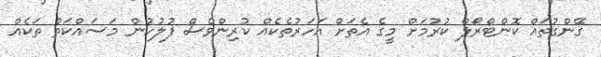
ގޭންގުތައް ކޮންޓްރޯލް ކުރުމަށް މީގެ އެތަށް އަހަރުތެކެއް ކުރިންވެސް ފުލުހުން މަސައްކަތް ތަކެއް